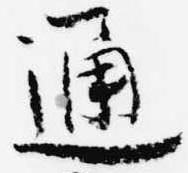
通